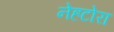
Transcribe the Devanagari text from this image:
नेहटोरा